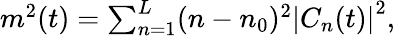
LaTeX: \begin{array}{r}{m^{2}(t)=\sum_{n=1}^{L}(n-n_{0})^{2}\left\vert C_{n}(t)\right\vert^{2},}\end{array}